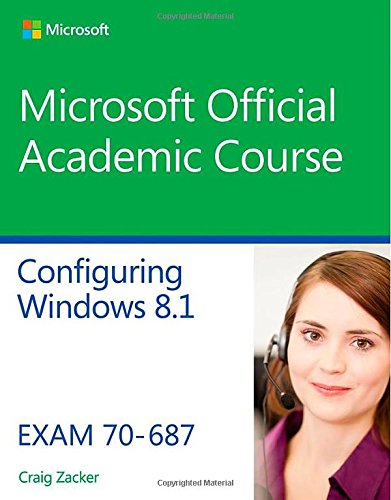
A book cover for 70-687 Configuring Windows 8.1; Microsoft Official Academic Course; Computers & Technology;